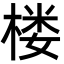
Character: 楼